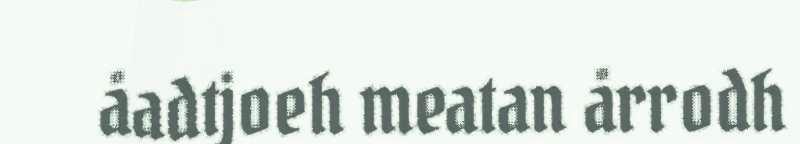
åadtjoeh meatan årrodh